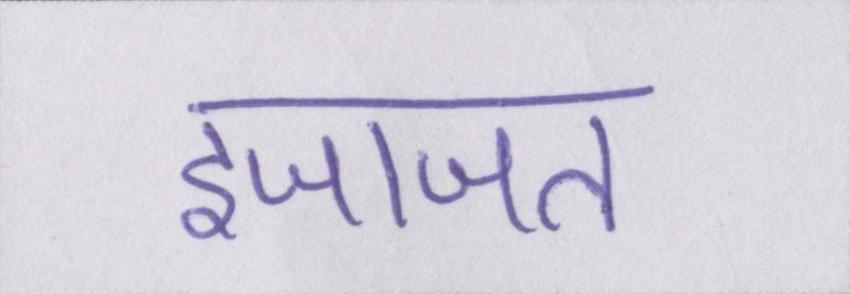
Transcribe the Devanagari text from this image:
इजाजत